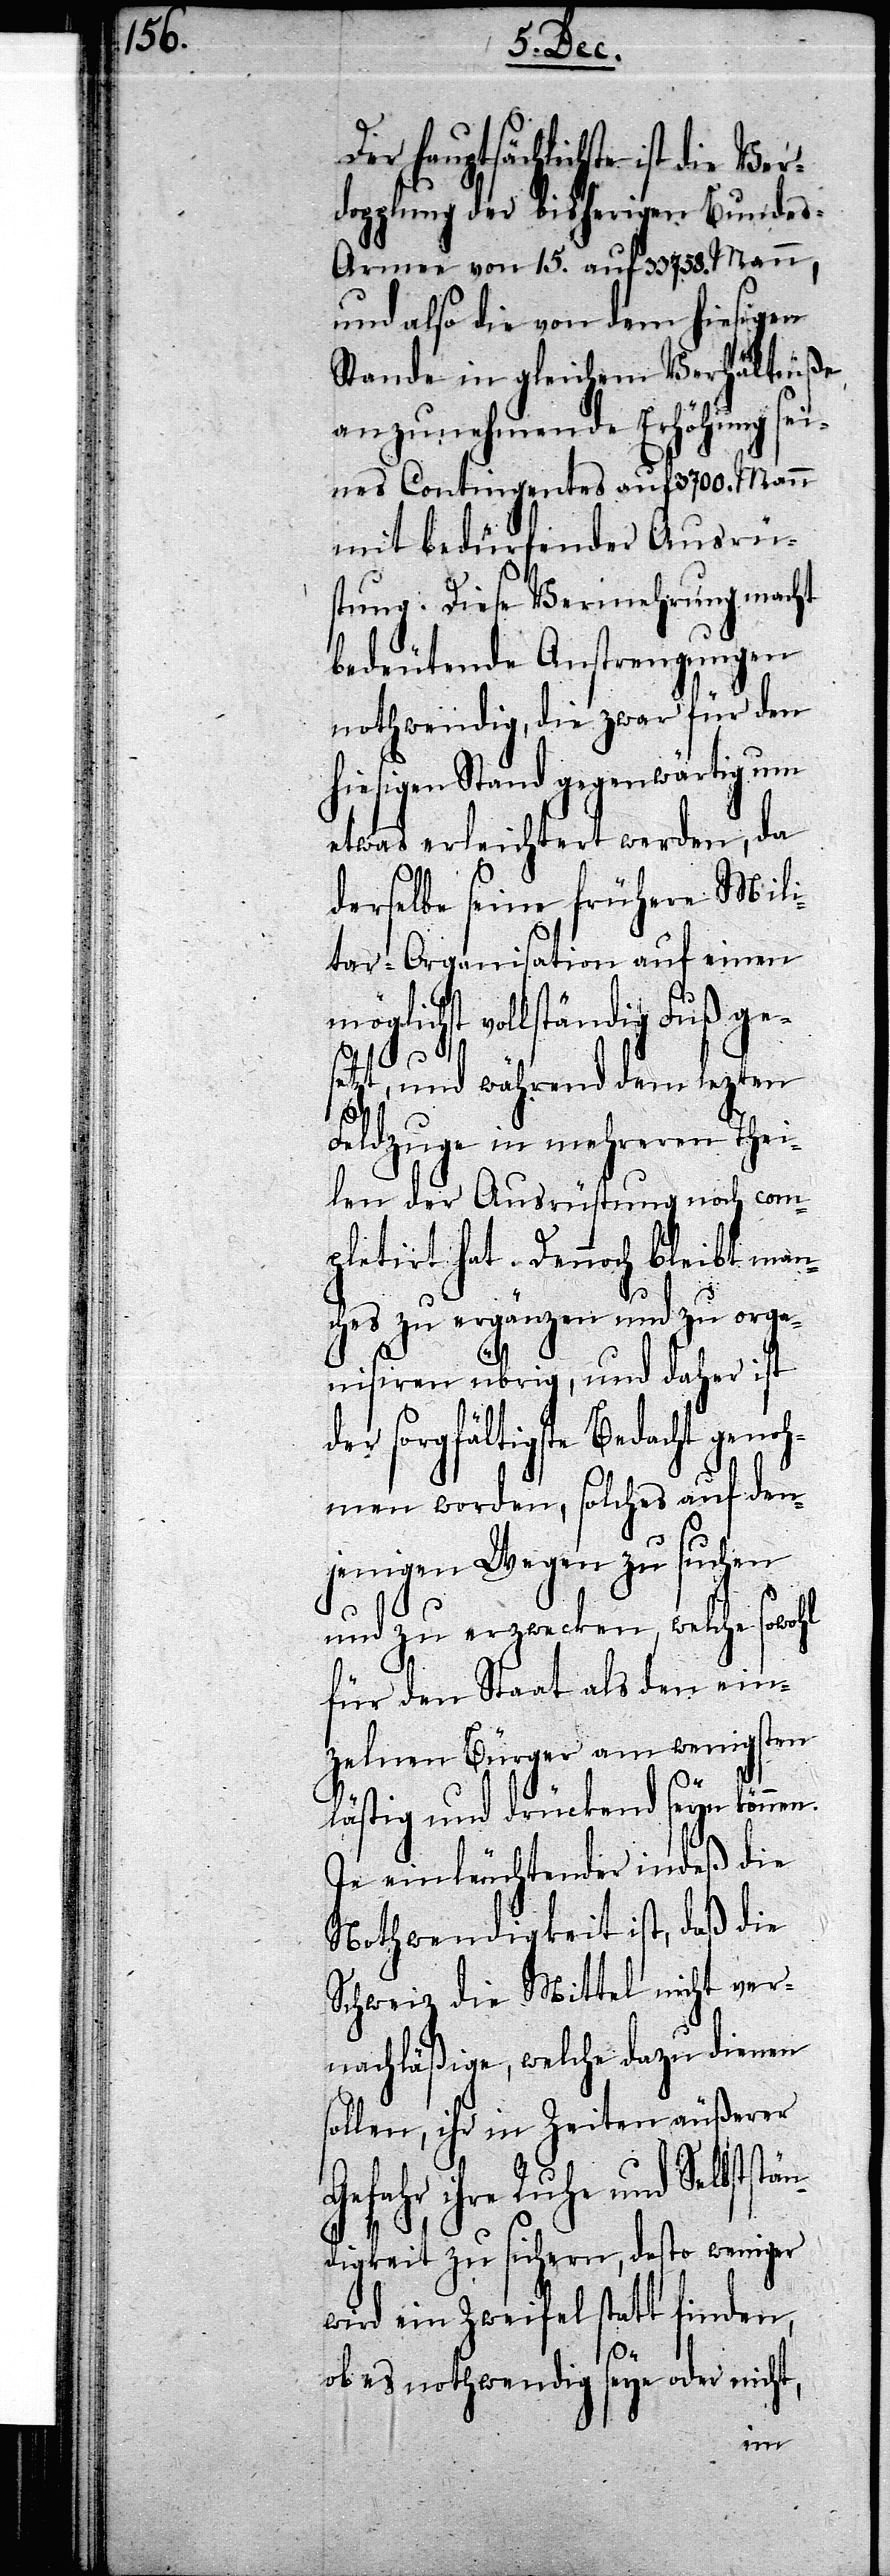
s¬

Der ha¬
uptsächlichste ist die Ve¬
rdopplung der bisherigen Bunde¬
s-Armee von 15. auf 33758. Mann,
und also die von dem hiesigen
Stande in gleichem Verhältniße
anzunehmende Erhöhung sei¬
nes Contingents auf 3700. Mann
mit bedürfender Ausrüs¬
tung. Diese Vermehrung macht
bedeutende Anstrengungen
nothwendig, die zwar für den
hiesigen Stand gegenwärtig um
etwas erleichtert werden, da
derselbe seine frühere Mili¬
tar-Organisation auf einen
möglichst vollständig Fuß ge¬
setzt, und während dem lezten
Feldzuge in mehreren Thei¬
len der Ausrüstung noch com¬
pletirt hat. Dennoch bleibt man¬
ches zu ergänzen und zu orga¬
nisiren übrig, und daher ist
der sorgfältigste Bedacht genoh¬
men worden, solches auf den¬
jenigen Wegen zu suchen
und zu erzwecken, welche sowohl
für den Staat als den ein¬
zelnen Bürger am wenigsten
lästig und drückend seyn können.
Je einleuchtender indeß die
Schweiz die Mittel nicht ver¬
nachläßige, welche dazu dienen
ollen, ihr in Zeiten äußerer
ihre Ruhe und Selbststän¬
digkeit zu sichern, desto weniger
wird ein Zweifel statt finden,
ob es nothwendig seye oder nicht,